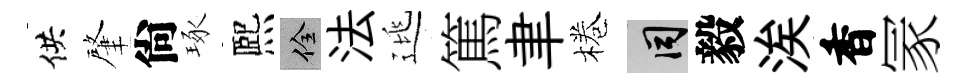
供肇尙琢熈佺法逃篤聿棬间毅涘香冡